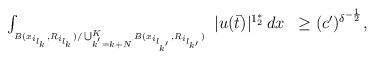
LaTeX: \begin{align*}\begin{array}{ll}\int_{_{B(x_{i_{l_{k}}}, R_{i_{l_k}}) / \bigcup_{k^{'}=k+N}^{K} B (x_{i_{l_{k^{'}}}} ,R_{i_{l_{k'}}}) } } \ |u(\bar{t})|^{1_{2}^{*}} \, dx & \geq(c')^{ \delta^{-\frac{1}{2}}},\end{array}\end{align*}